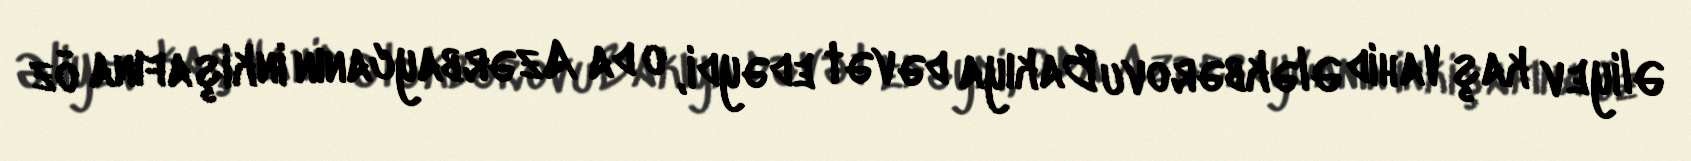
Əliyev kaş Vahid Ələkbərovu Bakıya dəvət edəydi, o da Azərbaycanın inkişafına öz